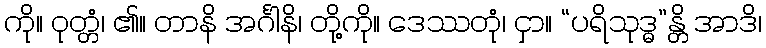
ကို။ ဝုတ္တံ၊ ၏။ တာနိ အင်္ဂါနိ၊ တို့ကို။ ဒေဿတုံ၊ ငှာ။ “ပရိသုဒ္ဓ”န္တိ အာဒိ၊